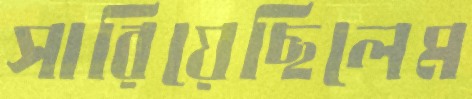
সারিয়েছিলেম